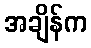
အချိန်က